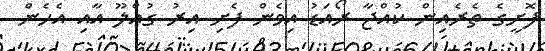
ފޮށީގެ ތެރެއިން ކުއްޖާ ރޯއަޑު އިވެން ފެށި އިރު ގުއްލޫ އާއި އެހެން